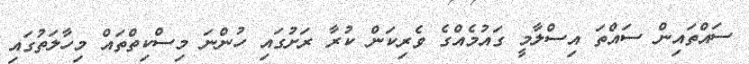
ސައްތައިން ސައްތަ އިސްލާމީ ގައުމެއްގެ ވެރިކަން ކުރާ ރަށުގައި ހުންނަ މިސްކިތްތައް މިހާލަތުގައި